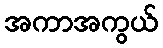
အကာအကွယ်